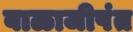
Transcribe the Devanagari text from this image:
बाळाजीपंत